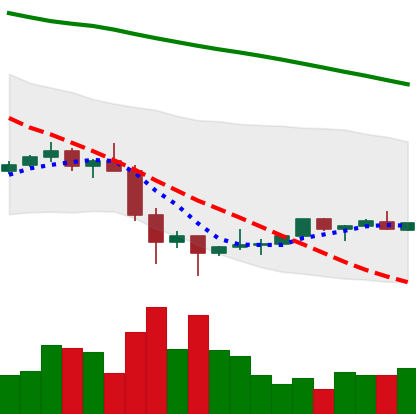
Ticker: TRX-USD
Chart end date: 2022-02-03
Forward return: 14.231%
Label: up_7plus